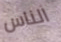
الناس